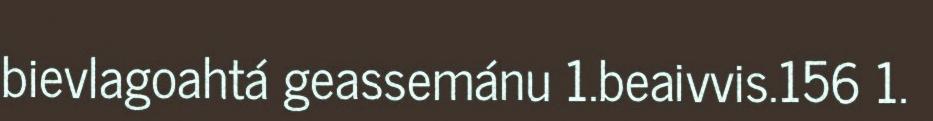
bievlagoahtá geassemánu 1.beaivvis.156 1.